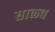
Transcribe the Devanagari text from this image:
सालच